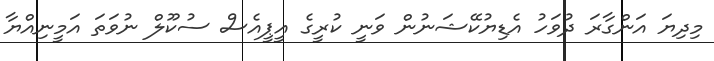
މިދިޔަ އަންގާރަ ދުވަހު އެޑިޔުކޭޝަނުން ވަނީ ކުރީގެ އީޕީއެސް ސުކޫލް ނުވަތަ އަމީނިއްޔާ